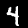
Digit: 4